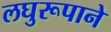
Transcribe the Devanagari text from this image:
लघुरूपाने